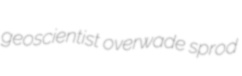
geoscientist overwade sprod